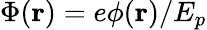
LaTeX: \Phi({\mathbf{r}})=e\phi({\mathbf{r}})/E_{p}